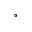
^ \circ